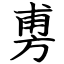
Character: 旉